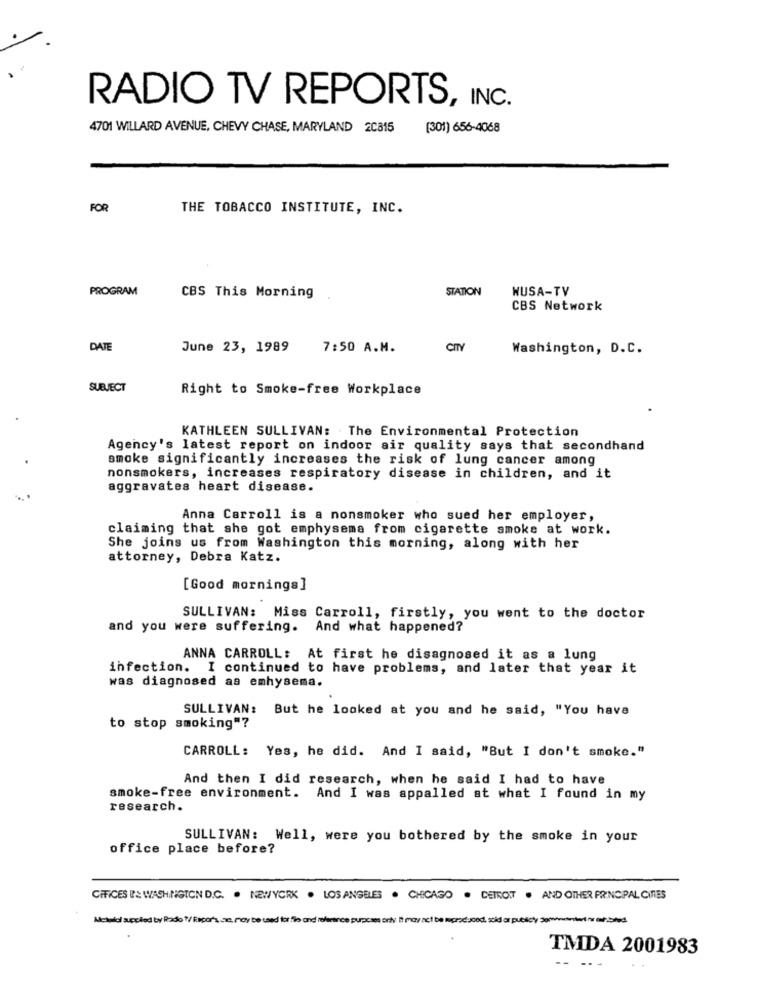
RADIO TV REPORTS, INC.
4701 WILLARD AVENUE, CHEVY CHASE, MARYLAND 2C315
(301) 656-4068
FOR
THE TOBACCO INSTITUTE, INC.
PROGRAM
STATION
HUSA-TV
CBS This Morning
CBS Network
DATE
June 23, 1989
7:50 A.M.
CITY
Washington, D.C.
SUBJECT
Right to Smoke-free Workplace
KATHLEEN SULLIVAN: The Environmental Protection
Agency's latest report on indoor air quality says that secondhand
smoke significantly increases the risk of lung cancer among
nonsmokers, increases respiratory disease in children, and it
aggravates heart disease.
Anna Carroll is a nonsmoker who sued her employer,
claiming that she got emphysema from cigarette smoke at work.
She joins us from Washington this morning, along with her
attorney, Debra Katz.
[Good mornings]
SULLIVAN: Miss Carroll, firstly, you went to the doctor
and you were suffering. And what happened?
ANNA CARROLL: At first he disagnosed it as a lung
infection. I continued to have problems, and later that year it
was diagnosed as emhysema.
SULLIVAN: But he looked at you and he said, "You have
to stop smoking"?
CARROLL: Yes, he did. And I said, "But I don't smoke."
And then I did research, when he said I had to have
smoke-free environment. And I was appalled at what I found in my
research.
SULLIVAN: Well, were you bothered by the smoke in your
office place before?
CHFICES IP'S WASHINGTON D.C. . NEWYORK . LOS ANGELES . CHICAGO . DETROIT . AND OTHER PRINCIPAL CITIES
Metlid accled by Rodo ?/ Recor's an, may be used for flo and reference purposes only: It may act be produced, scid or publicyy Janwwwintert for auf:bold
TMDA 2001983
-- --